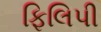
ફિલિપી